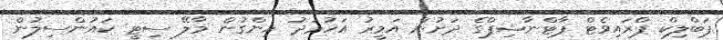
ޕަބްލިކް ޕްރައިވެޓް ޕާޓްނާޝިޕްގެ ދަށުން އަމީރު އަހުމަދު ހިންގުން މާލޭ ސިޓީ ކައުންސިލުން